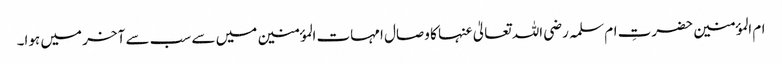
ام المؤمنین حضرتِ ام سلمہ رضی اللہ تعالیٰ عنہا کا وصال امہات المؤمنین میں سے سب سے آخر میں ہوا۔